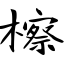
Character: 檫